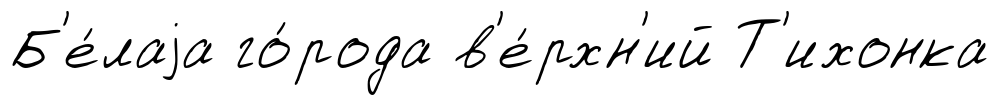
Б'е́лаjа го́рода в'е́рхн'ий Т'ихонка